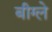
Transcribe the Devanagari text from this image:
बीग्ले